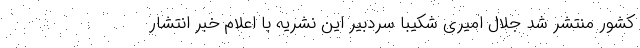
کشور منتشر شد جلال امیری شکیبا سردبیر این نشریه با اعلام خبر انتشار